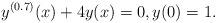
LaTeX: \begin{align*}y^{(0.7)}(x)+4y(x)=0,y(0)=1.\end{align*}